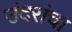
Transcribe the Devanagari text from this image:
उंदरांचा